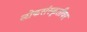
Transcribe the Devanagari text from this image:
लोकसंस्कृतीवर